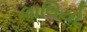
લાલિયો